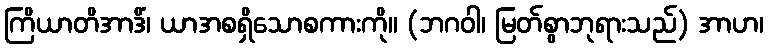
ကြိယာတိအာဒိံ၊ ယာအစရှိသောစကားကို။ (ဘဂဝါ၊ မြတ်စွာဘုရားသည်) အာဟ၊